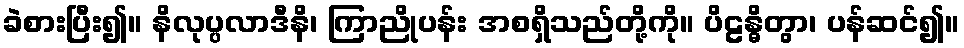
ခဲစားပြီး၍။ နိလုပ္ပလာဒီနိ၊ ကြာညိုပန်း အစရှိသည်တို့ကို။ ပိဠန္ဓိတွာ၊ ပန်ဆင်၍။